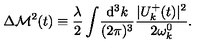
\Delta { \cal M } ^ { 2 } ( t ) \equiv \frac { \lambda } { 2 } \int \! \frac { \mathrm { d ^ { 3 } } k } { ( 2 \pi ) ^ { 3 } } \frac { | U _ { k } ^ { + } ( t ) | ^ { 2 } } { 2 \omega _ { k } ^ { 0 } } .